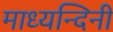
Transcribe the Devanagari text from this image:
माध्यन्दिनी